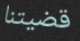
قضيتنا